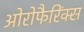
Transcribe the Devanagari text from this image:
ओरोफैरिंक्स